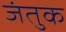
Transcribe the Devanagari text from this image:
जंतुक